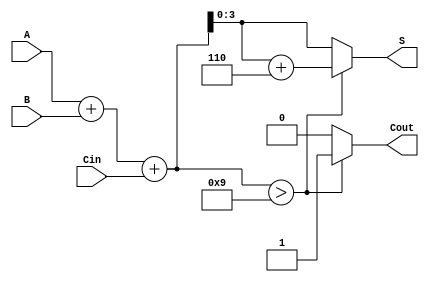
module BCD_Redundant_Binary_Adder (
    input wire [3:0] A,        // 4-bit BCD input A
    input wire [3:0] B,        // 4-bit BCD input B
    input wire Cin,             // Carry input
    output reg [3:0] S,         // 4-bit BCD sum output
    output reg Cout             // Carry output
);

// Internal signals
wire [4:0] sum;               // 5-bit sum to handle overflow
reg [4:0] adjusted_sum;       // Adjusted sum after BCD correction

// Compute initial binary sum
assign sum = A + B + Cin;

// BCD Correction Logic
always @(*) begin
    if (sum > 4'd9) begin
        adjusted_sum = sum + 5'd6; // Add 6 to correct BCD if necessary
        Cout = 1; // Set carry out
    end else begin
        adjusted_sum = sum; // No correction needed
        Cout = 0; // No carry out
    end
end

// Final BCD sum output
always @(*) begin
    S = adjusted_sum[3:0];  // Take the lower 4 bits as the BCD result
end

endmodule